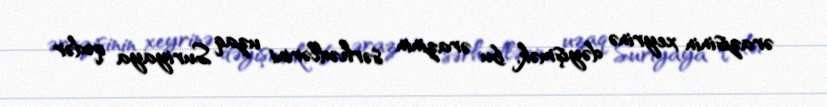
ərazisinin xeyrinə dəyişmək, bu ərazinin sərhədlərini uzaq Suriyaya qədər